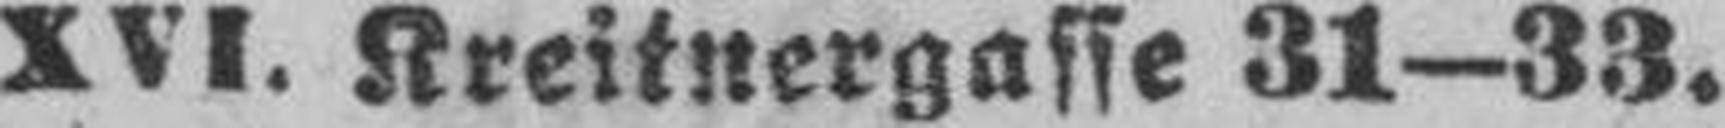
XVI. Kreitnergasse 31—33.